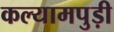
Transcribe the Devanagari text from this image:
कल्यामपुड़ी